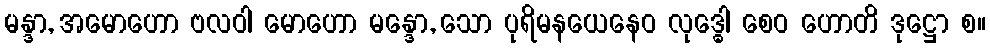
မန္ဒာ, အမောဟော ဗလဝါ မောဟော မန္ဒော, သော ပုရိမနယေနေဝ လုဒ္ဓေါ စေဝ ဟောတိ ဒုဋ္ဌော စ။